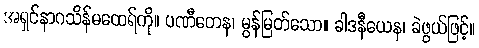
အရှင်နာဂသိန်မထေရ်ကို။ ပဏီတေန၊ မွန်မြတ်သော။ ခါဒနီယေန၊ ခဲဖွယ်ဖြင့်။